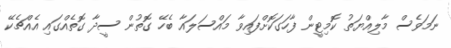
ނަމަވެސް މާލިއްޔަތު ކޮމިޓީން ފާހަގަކޮށްފައިވާ މައްސަލައާ ބެހޭ ގޮތުން ސީދާ ގޮތެއްގައި އެއްޗެކޭ